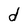
Character: d